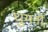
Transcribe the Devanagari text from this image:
घुमनों